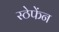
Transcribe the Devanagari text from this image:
स्ठेफेंन